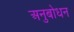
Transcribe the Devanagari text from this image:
अनुबोधन